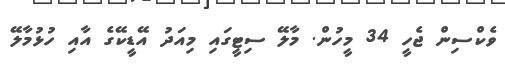
ވެކްސިން ޖެހީ 34 މީހުން. މާލޭ ސިޓީގައި މިއަދު އޭޑީކޭގެ އާއި ހުޅުމާލޭ